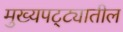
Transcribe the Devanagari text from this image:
मुख्यपट्ट्यातील